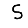
Digit: 5